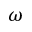
\omega